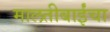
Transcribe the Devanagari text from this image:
मालतीबाईंचा